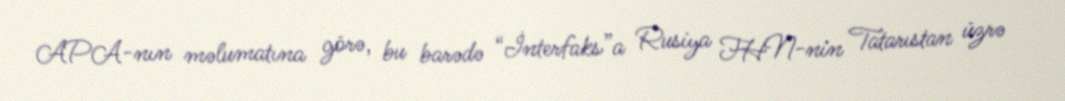
APA-nın məlumatına görə, bu barədə “İnterfaks”a Rusiya FHN-nin Tatarıstan üzrə